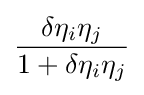
{\frac {\delta \eta _{i}\eta _{j}}{1+\delta \eta _{i}\eta _{j}}}